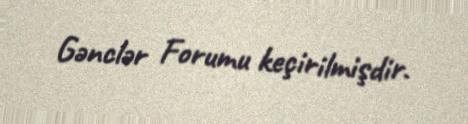
Gənclər Forumu keçirilmişdir.